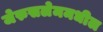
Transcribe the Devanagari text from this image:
जेरुसलेममधील